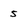
Character: 5